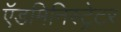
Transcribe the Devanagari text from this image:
ऍडमिनिस्ट्रेटर